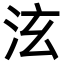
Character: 泫